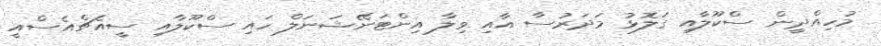
މުހިއްދީން ސްކޫލާއި ގަލޮޅު މަދަރުސާ އާއި ވިލާ އިންޓަނޭޝަނަލް ހައި ސްކޫލާއި ސީއެޗްއެސްއީ